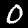
Label: 0